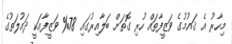
މިހާރު އެ ޤައުމުގެ ވަޒީފާތައް ހުރި ގޮތަށް ބަލާއިރުގައި 78% ވަޒީފާއަކީ ދައުލަތުގެ